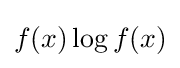
{\textstyle f(x)\log f(x)}